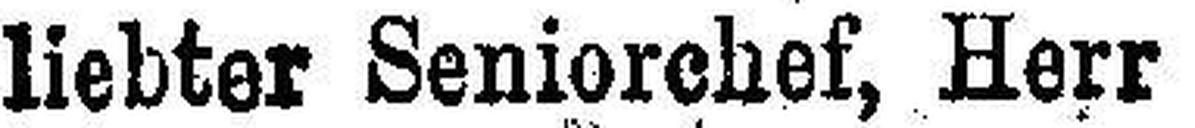
liebter Seniorchef, Herr